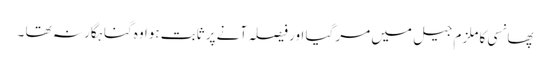
پھانسی کا ملزم جیل میں مر گیا اور فیصلہ آنے پر ثابت ہوا وہ گناہگار نہ تھا ۔